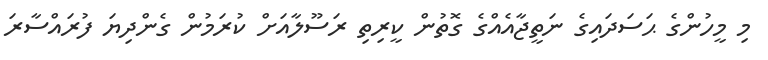
މި މީހުންގެ ޙަސަދައިގެ ނަތީޖާއެއްގެ ގޮތުން ކީރިތި ރަސޫލާއަށް ކުރަމުން ގެންދިޔަ ފުރައްސާރަ